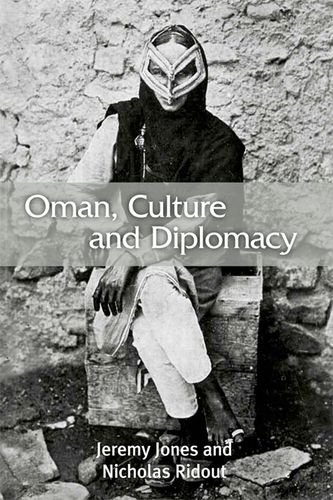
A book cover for Oman, Culture and Diplomacy; Jeremy Jones; History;